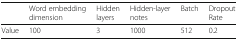
<table><thead><tr><td></td><td><b>Word embedding dimension</b></td><td><b>Hidden layers</b></td><td><b>Hidden-layer notes</b></td><td><b>Batch</b></td><td><b>Dropout Rate</b></td></tr></thead><tbody><tr><td>Value</td><td>100</td><td>3</td><td>1000</td><td>512</td><td>0.2</td></tr></tbody></table>